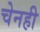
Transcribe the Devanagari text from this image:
चेनही